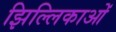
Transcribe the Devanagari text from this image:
झिल्लिकाओं